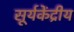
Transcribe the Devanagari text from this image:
सूर्यकेंद्रीय